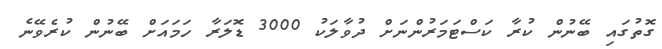
ގޮތުގައި ބޭނުން ކުރާ ކަސްޓަމަރުންނަށް ދުވާލަކު 3000 ޑޮލަރާ ހަމައަށް ބޭނުން ކުރެވޭނެ